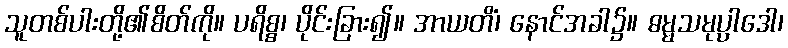
သူတစ်ပါးတို့၏စိတ်ကို။ ပရိစ္စ၊ ပိုင်းခြား၍။ အာယတိံ၊ နောင်အခါ၌။ ဓမ္မသမုပ္ပါဒေါ၊